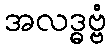
အလဒ္ဓဗ္ဗံ